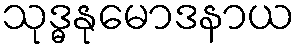
သုဒ္ဓနုမောဒနာယ